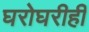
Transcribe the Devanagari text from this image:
घरोघरीही